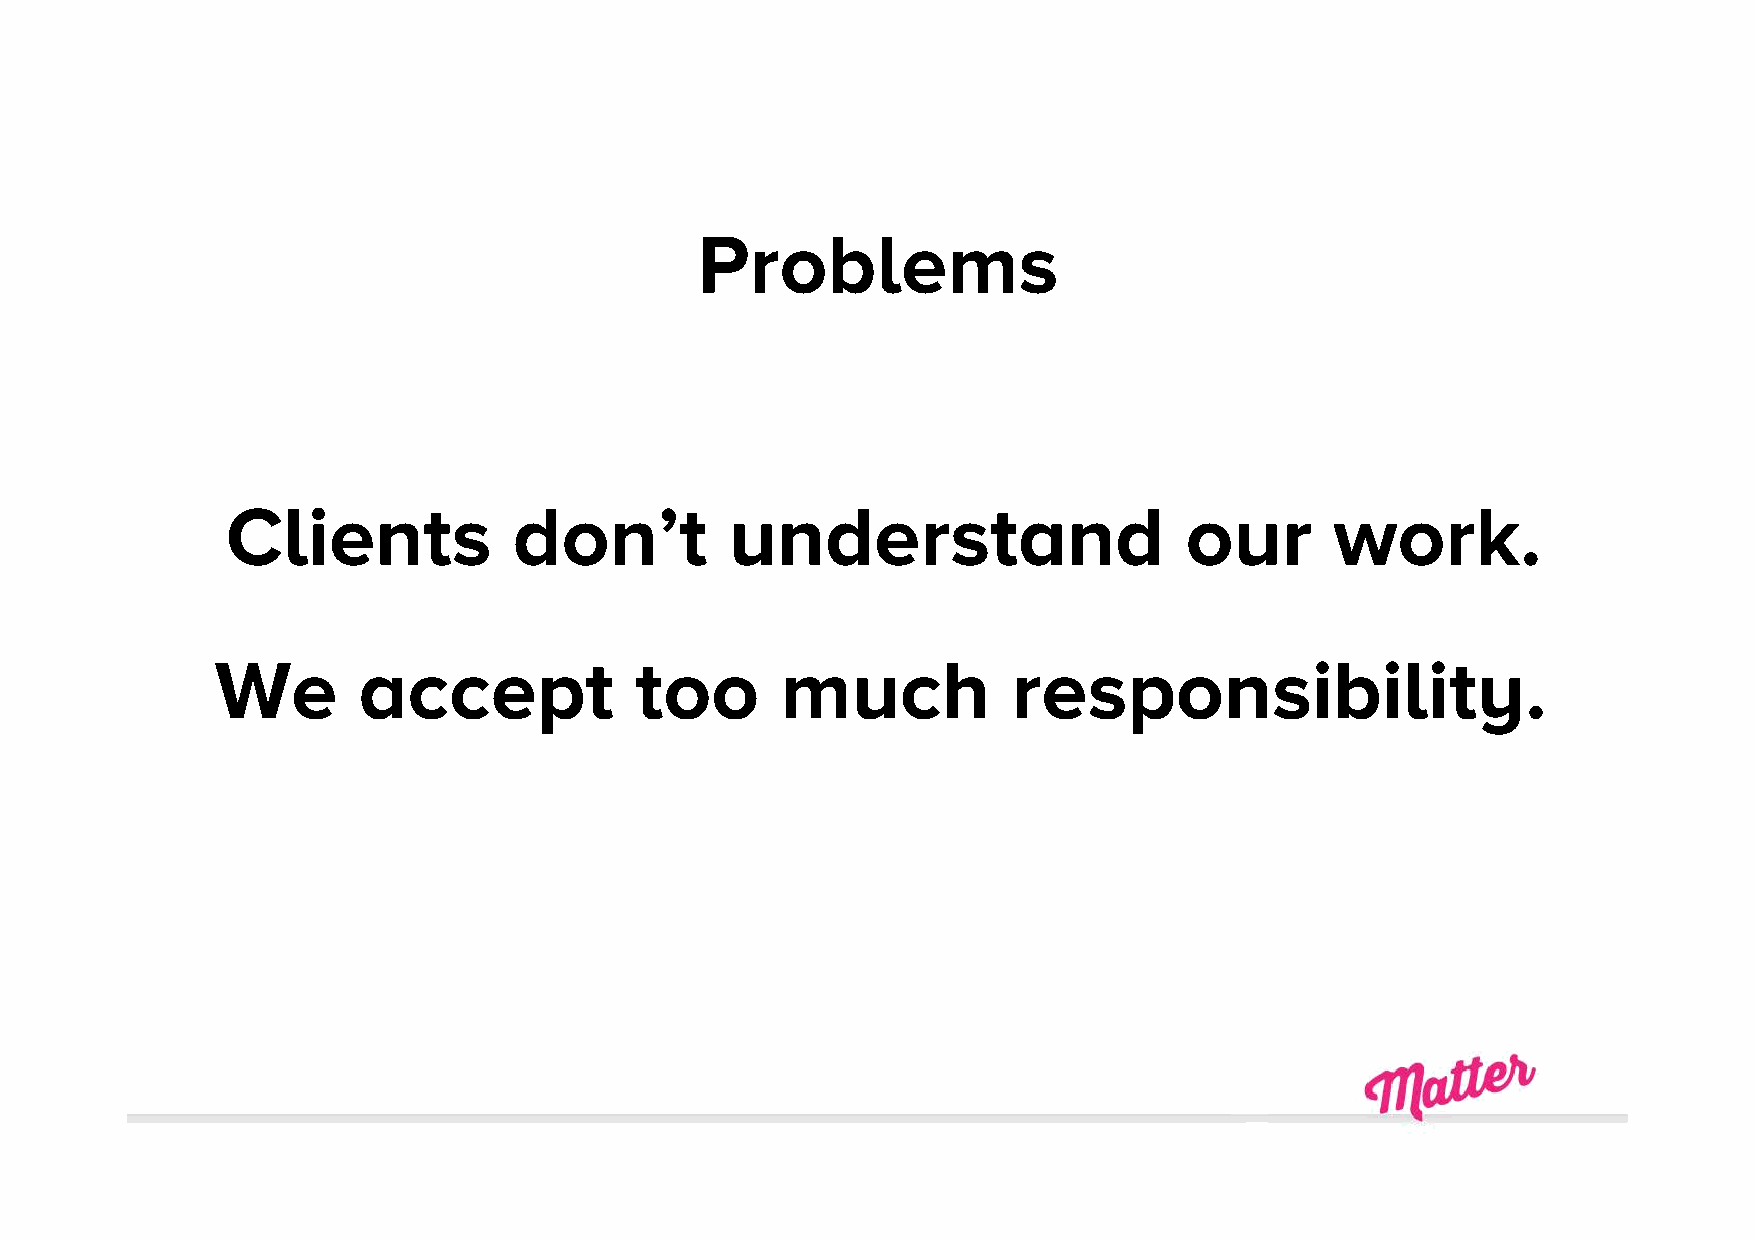
Problems
 Clients            don’t         understand                    our       work.
 We        accept            too       much           responsibility.